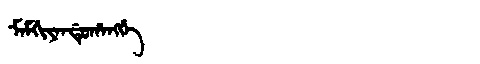
Manchu: ᠮᠠᠮᡤᡳᠶᠠᠨᡩᡠᡥᠠᠩᡤᡝ
Romanization: MAMGIYANDUHANGGE